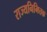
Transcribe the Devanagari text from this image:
राज्यनिमित्तक